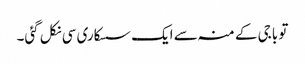
تو باجی کے منہ سے ایک سسکاری سی نکل گئی۔